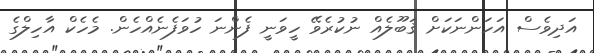
އަދިވެސް އަހަންނަކަށް ޤަބޫލެއް ނުކުރެވޭ ހީވަނީ ފެންނަ ހުވަފެނެއްހެން. މެހެކް އާހިލްގެ